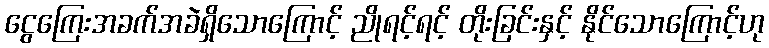
ငွေကြေးအခက်အခဲရှိသောကြောင့် ညိုရင့်ရင့် တိုးခြင်းနှင့် နိုင်သောကြောင့်ဟု